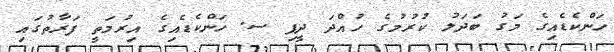
ހަންކެޑެއިގެ މަގު ބަދަލު ކުރުމުގެ ހުއްދަ ދީފި ސ. ހަންކެޑެއިގެ އިރުމަތީ ފަރާތުގައި